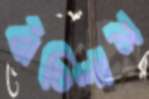
বাঁচিলাম